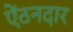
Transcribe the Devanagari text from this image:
ऐंठनदार